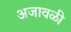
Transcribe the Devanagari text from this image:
अजावळी